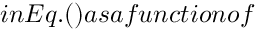
i n E q . ( \protect ) a s a f u n c t i o n o f